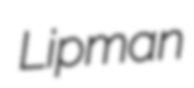
Lipman